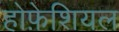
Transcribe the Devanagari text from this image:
होफ़ेशियल